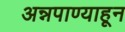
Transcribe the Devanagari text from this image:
अन्नपाण्याहून